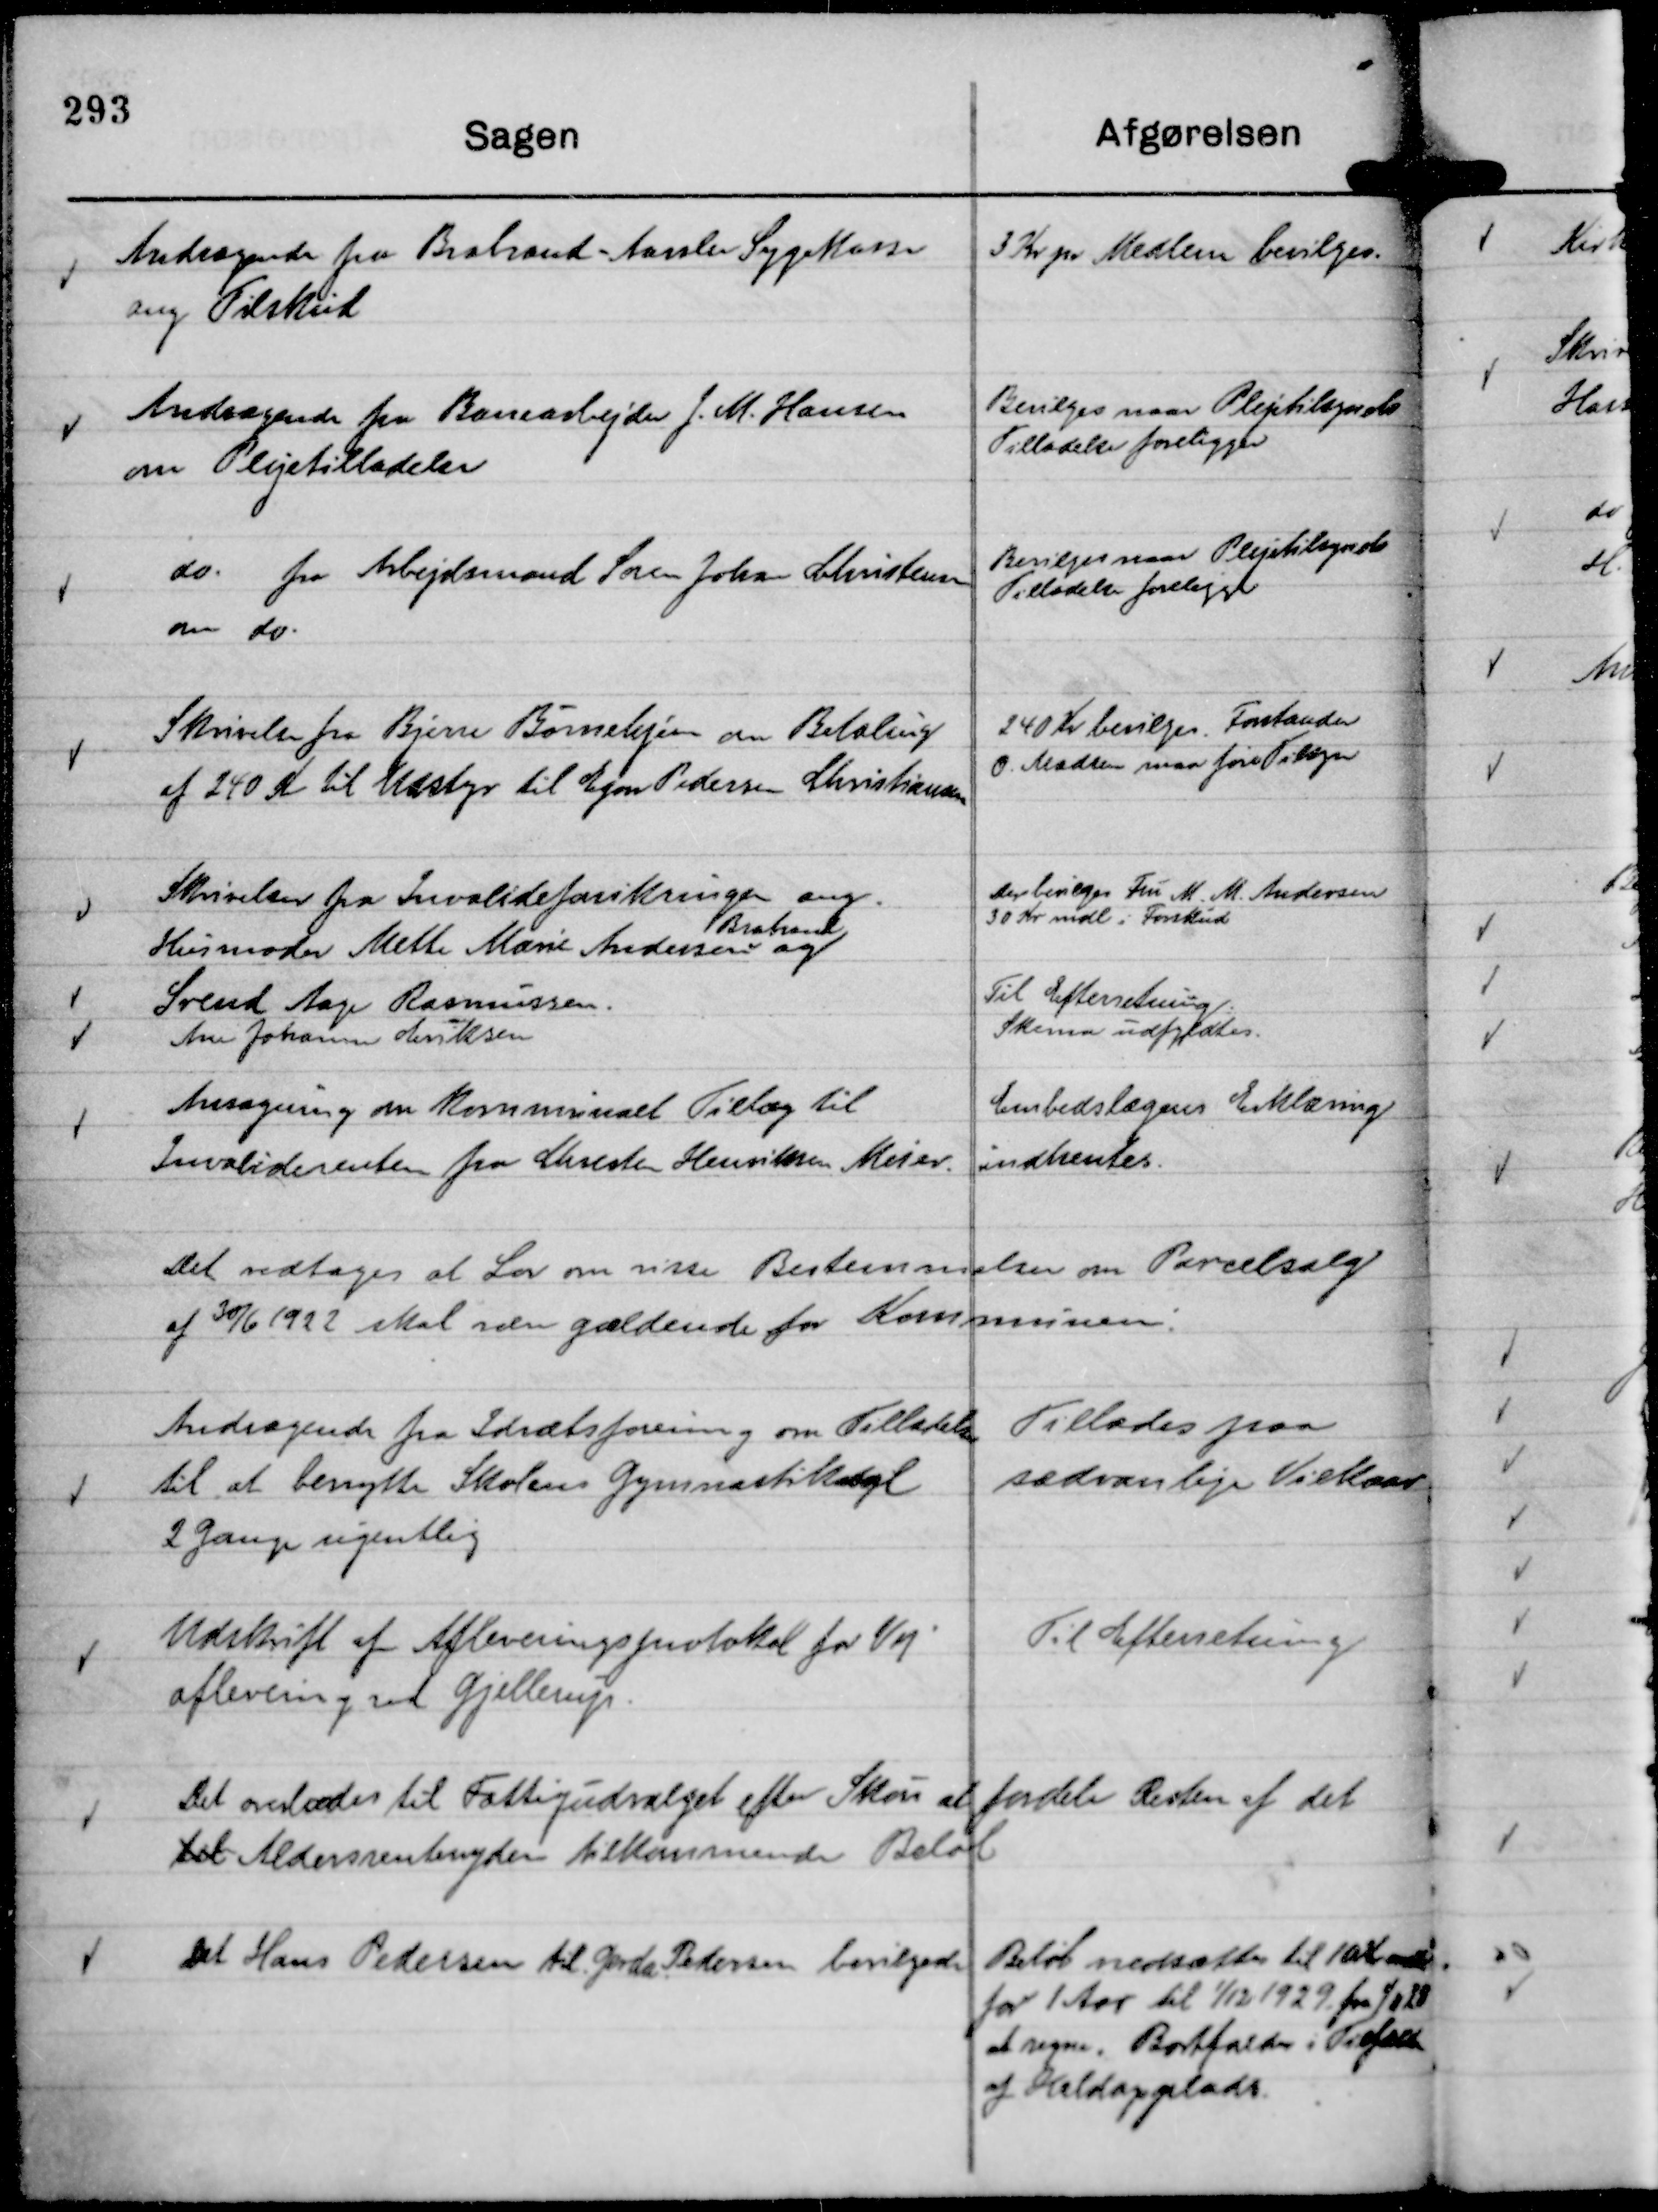
Transskription:
Andragende fra Brabrand - Aarslev Sygekasse
ang Tilskud

3 Kr pr Medlem bevilges.

Andragende fra Banearbejder J. M. Hansen
om Plejetilladelser

Bevilges naar Plejetilsynets
Tilladelse foreligger

do. fra Arbejdsmand Søren Johan Christensen
om do.

Bevilges naar Plejetilsynets
Tilladelse foreligger

Skrivelse fra Bjerre Børnehjem om Betaling
af 240 Kr til Udstyr til Egon Pedersen Christiansen

240 Kr bevilges Forstander
O. Madsen maa føre Tilsyn

Skrivelser fra Invalideforsikringen ang.
Husmoder Mette Marie Andersen
Brabrand
og
Der bevilges Fru M. M. Andersen
30 Kr mdl i Forskud

Svend Aage Rasmussen.
Til Efterretning.

Ane Johanne Eriksen
Skema udfyldtes.

Ansøgning om kommunalt Tillæg til
Invaliderenten fra Chresten Henriksen Meier.

Embedslægens Erklæring
indhentes.

Det vedtages at Lov om visse Bestemmelser om Parcelsalg
af 30/6 1922 skal være gældende for Kommunen:

Andragende fra Idrætsforening om Tilladelse
til at benytte Skolens Gymnastiksal
2 Gange ugentlig

Tillades paa
sædvanlige Vilkaar

Udskrift af Afleveringsprotokol for Vej
aflevering ved Gjellerup.

Til efterretning

Det overlodes til Fattigudvalget efter Skøn at fordele Resten af det
det Aldersrentenydere tilkommende Beløb

Det Hans Pedersen til Gerda Pedersen bevilgede
Beløb nedsættes til 10 Kr mdl
for 1 Aar til 1/12 1929 fra 1/11 28
at regne. Bortfalder i Tilfælde
af Heldagsplads.